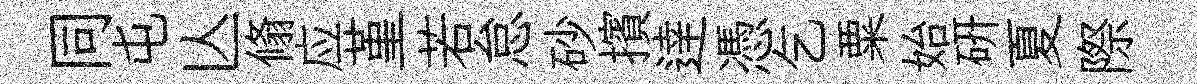
同屯亾翛应堇若怠砂擯逹憑乞粟始硏夏際